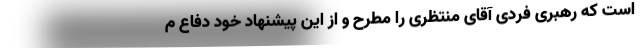
است که رهبری فردی آقای منتظری را مطرح و از این پیشنهاد خود دفاع م